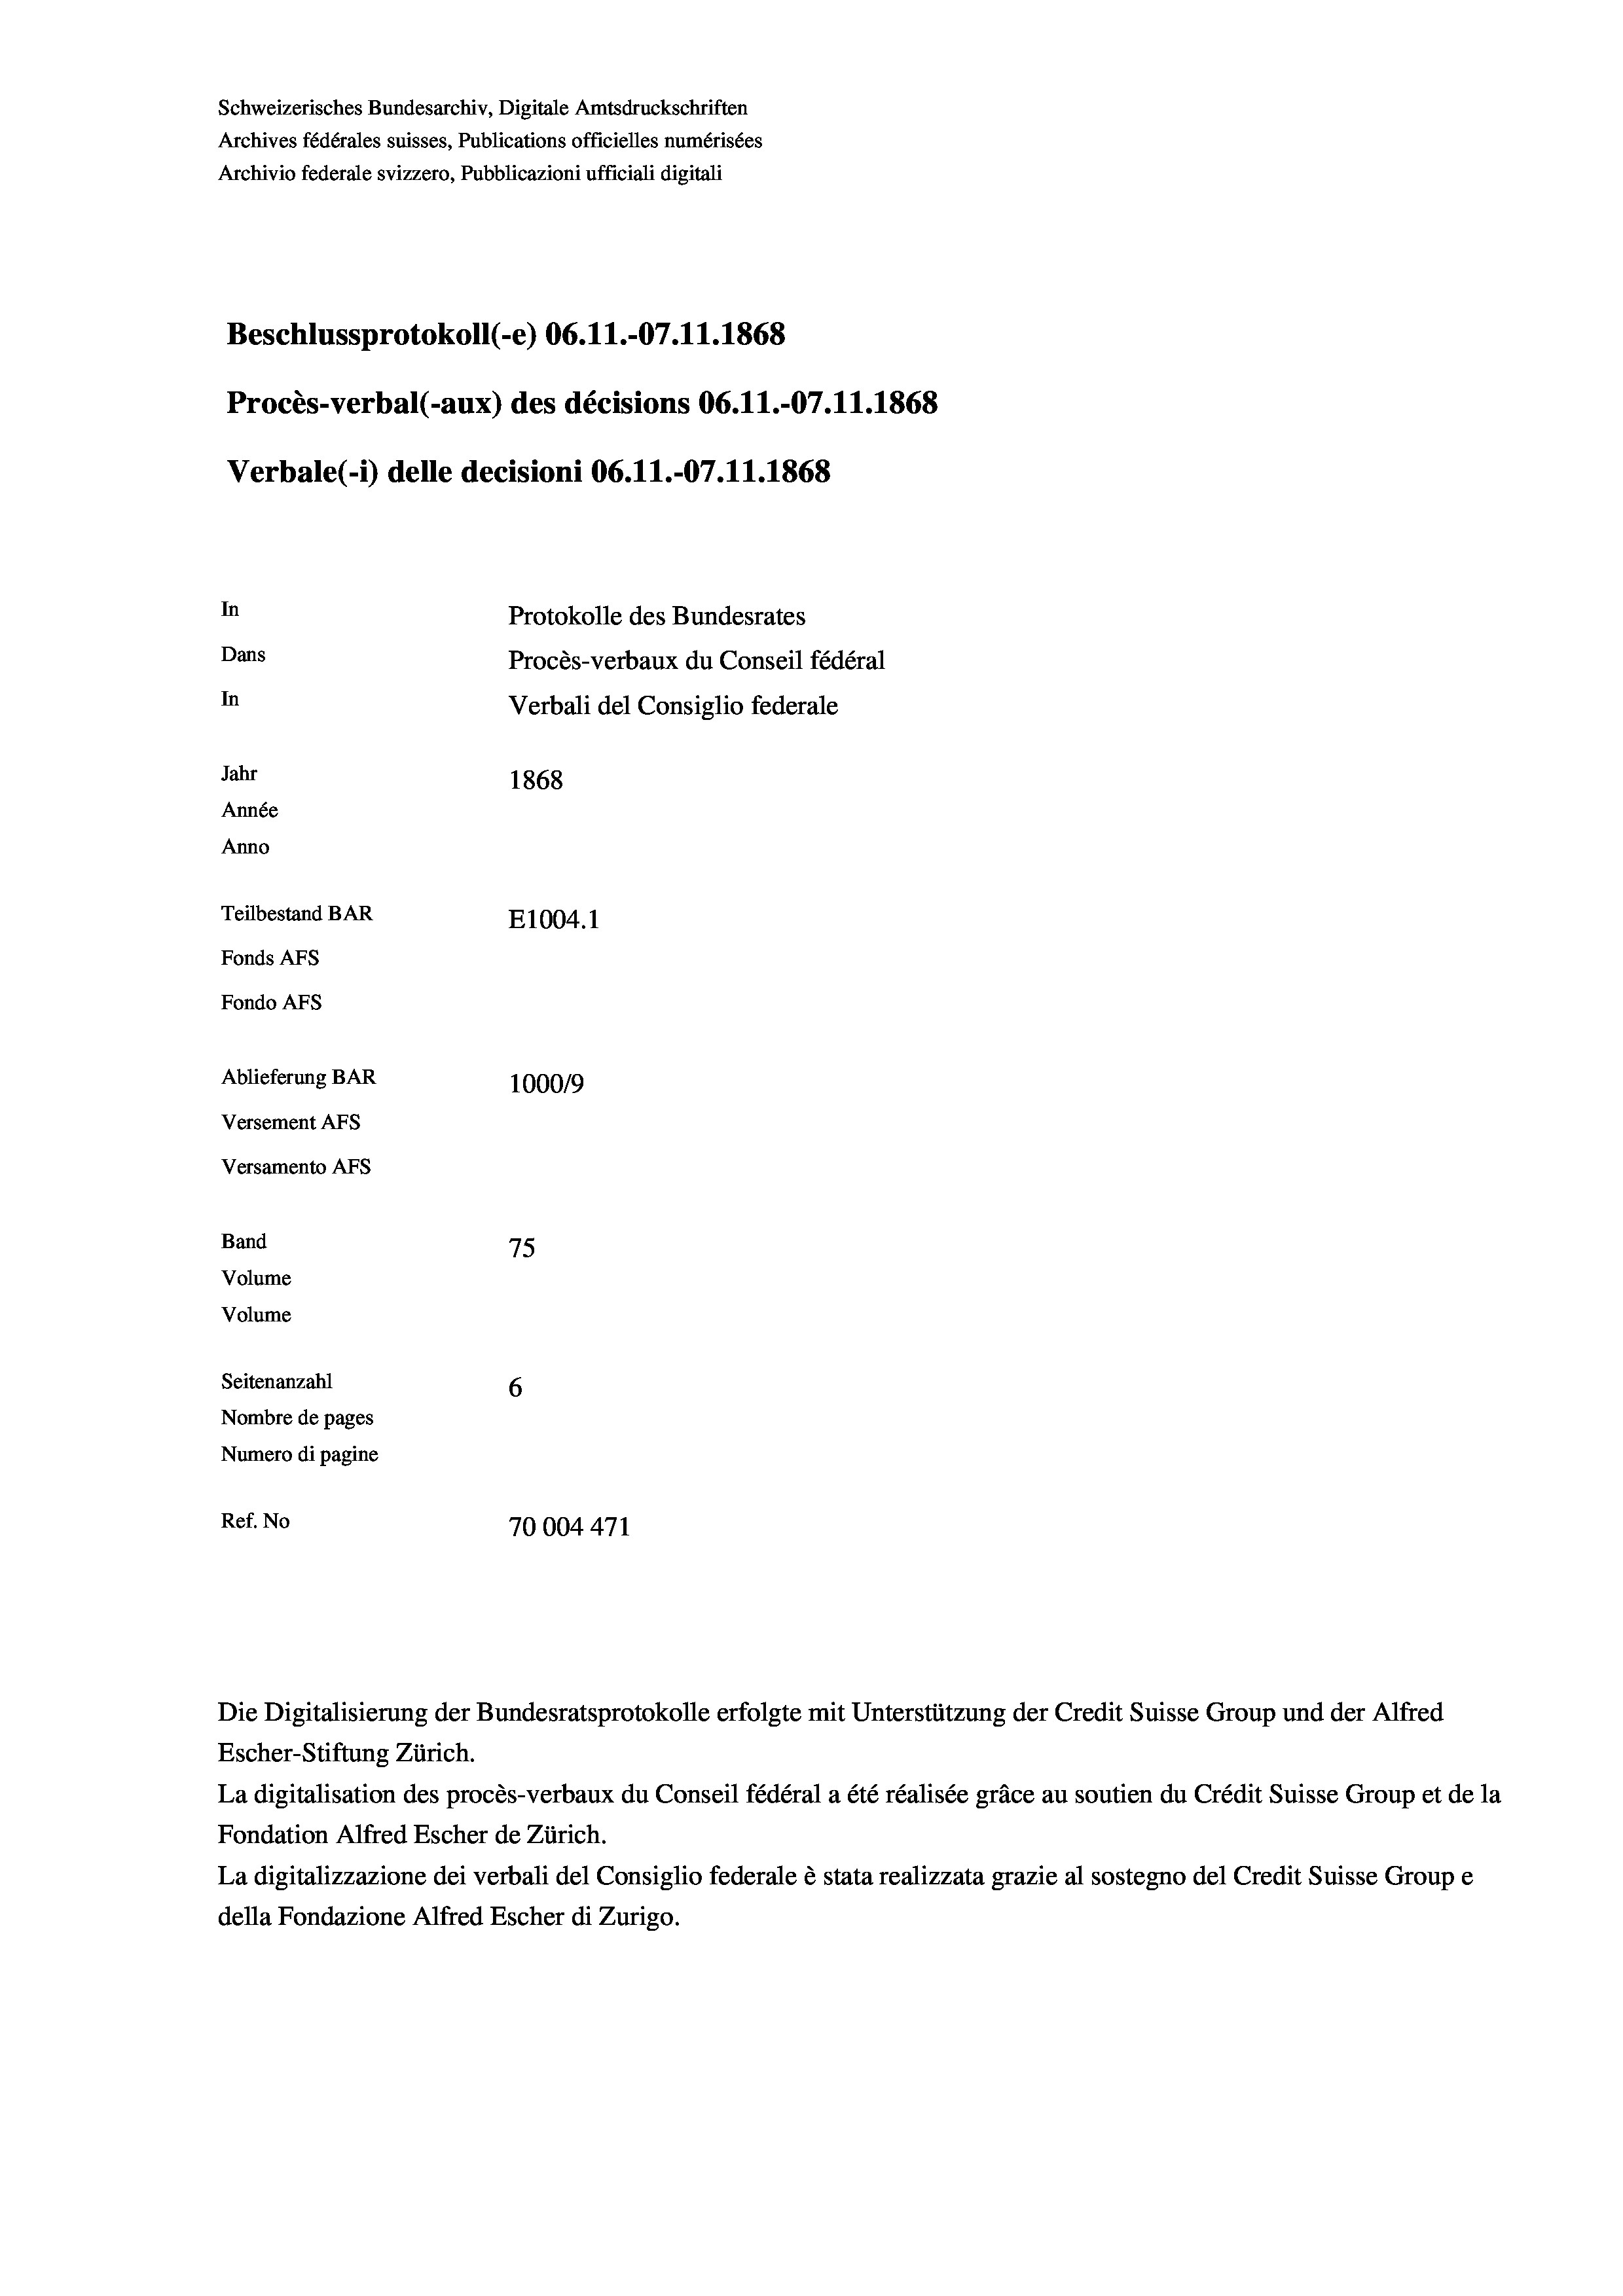
Schweizerisches Bundesarchiv, Digitale Amtsdruckschriften
Archives fédérales suisses, Publications officielles numérisées
Archivio federale svizzero, Pubblicazioni ufficiali digitali
Beschlussprotokoll (-e) 06. 11.-07.11.1868
Procès-verbal (-aux) des décisions 06.11.-07.11.1868
Verbale(-*) delle decisioni 06. 11.-07.11.1868
In
Protokolle des Bundesrates
Dans
Procès-verbaux du Conseil fédéral
In
Verbali del Consiglio federale
Jahr
1868
Année
Anno
Teilbestand BAR
E1004. 1
Fonds AFs
Fondo AFs
Ablieferung BAR
100019
Versement AFs
Versamento AFs

75
Seitenanzahl
6
Nombre de pages
Numero di pagine
Ref. No
70004471

Band

Volume
Volume

Die Digitalisierung der Bundesratsprotokolle erfolgte mit Unterstützung der Credit Suisse Group und der Alfred
Escher-Stiftung Zürich.
La digitalisation des procès-verbaux du Conseil fédéral a été réalisée gräce au soutien du Crédit Suisse Group et de la
Fondation Alfred Escher de Zürich.
La digitalizzazione dei verbali del Consiglio federale è stata realizzata grazie al sostegno del Credit Suisse Groupe
della Fondazione Alfred Escher di Zurigo.